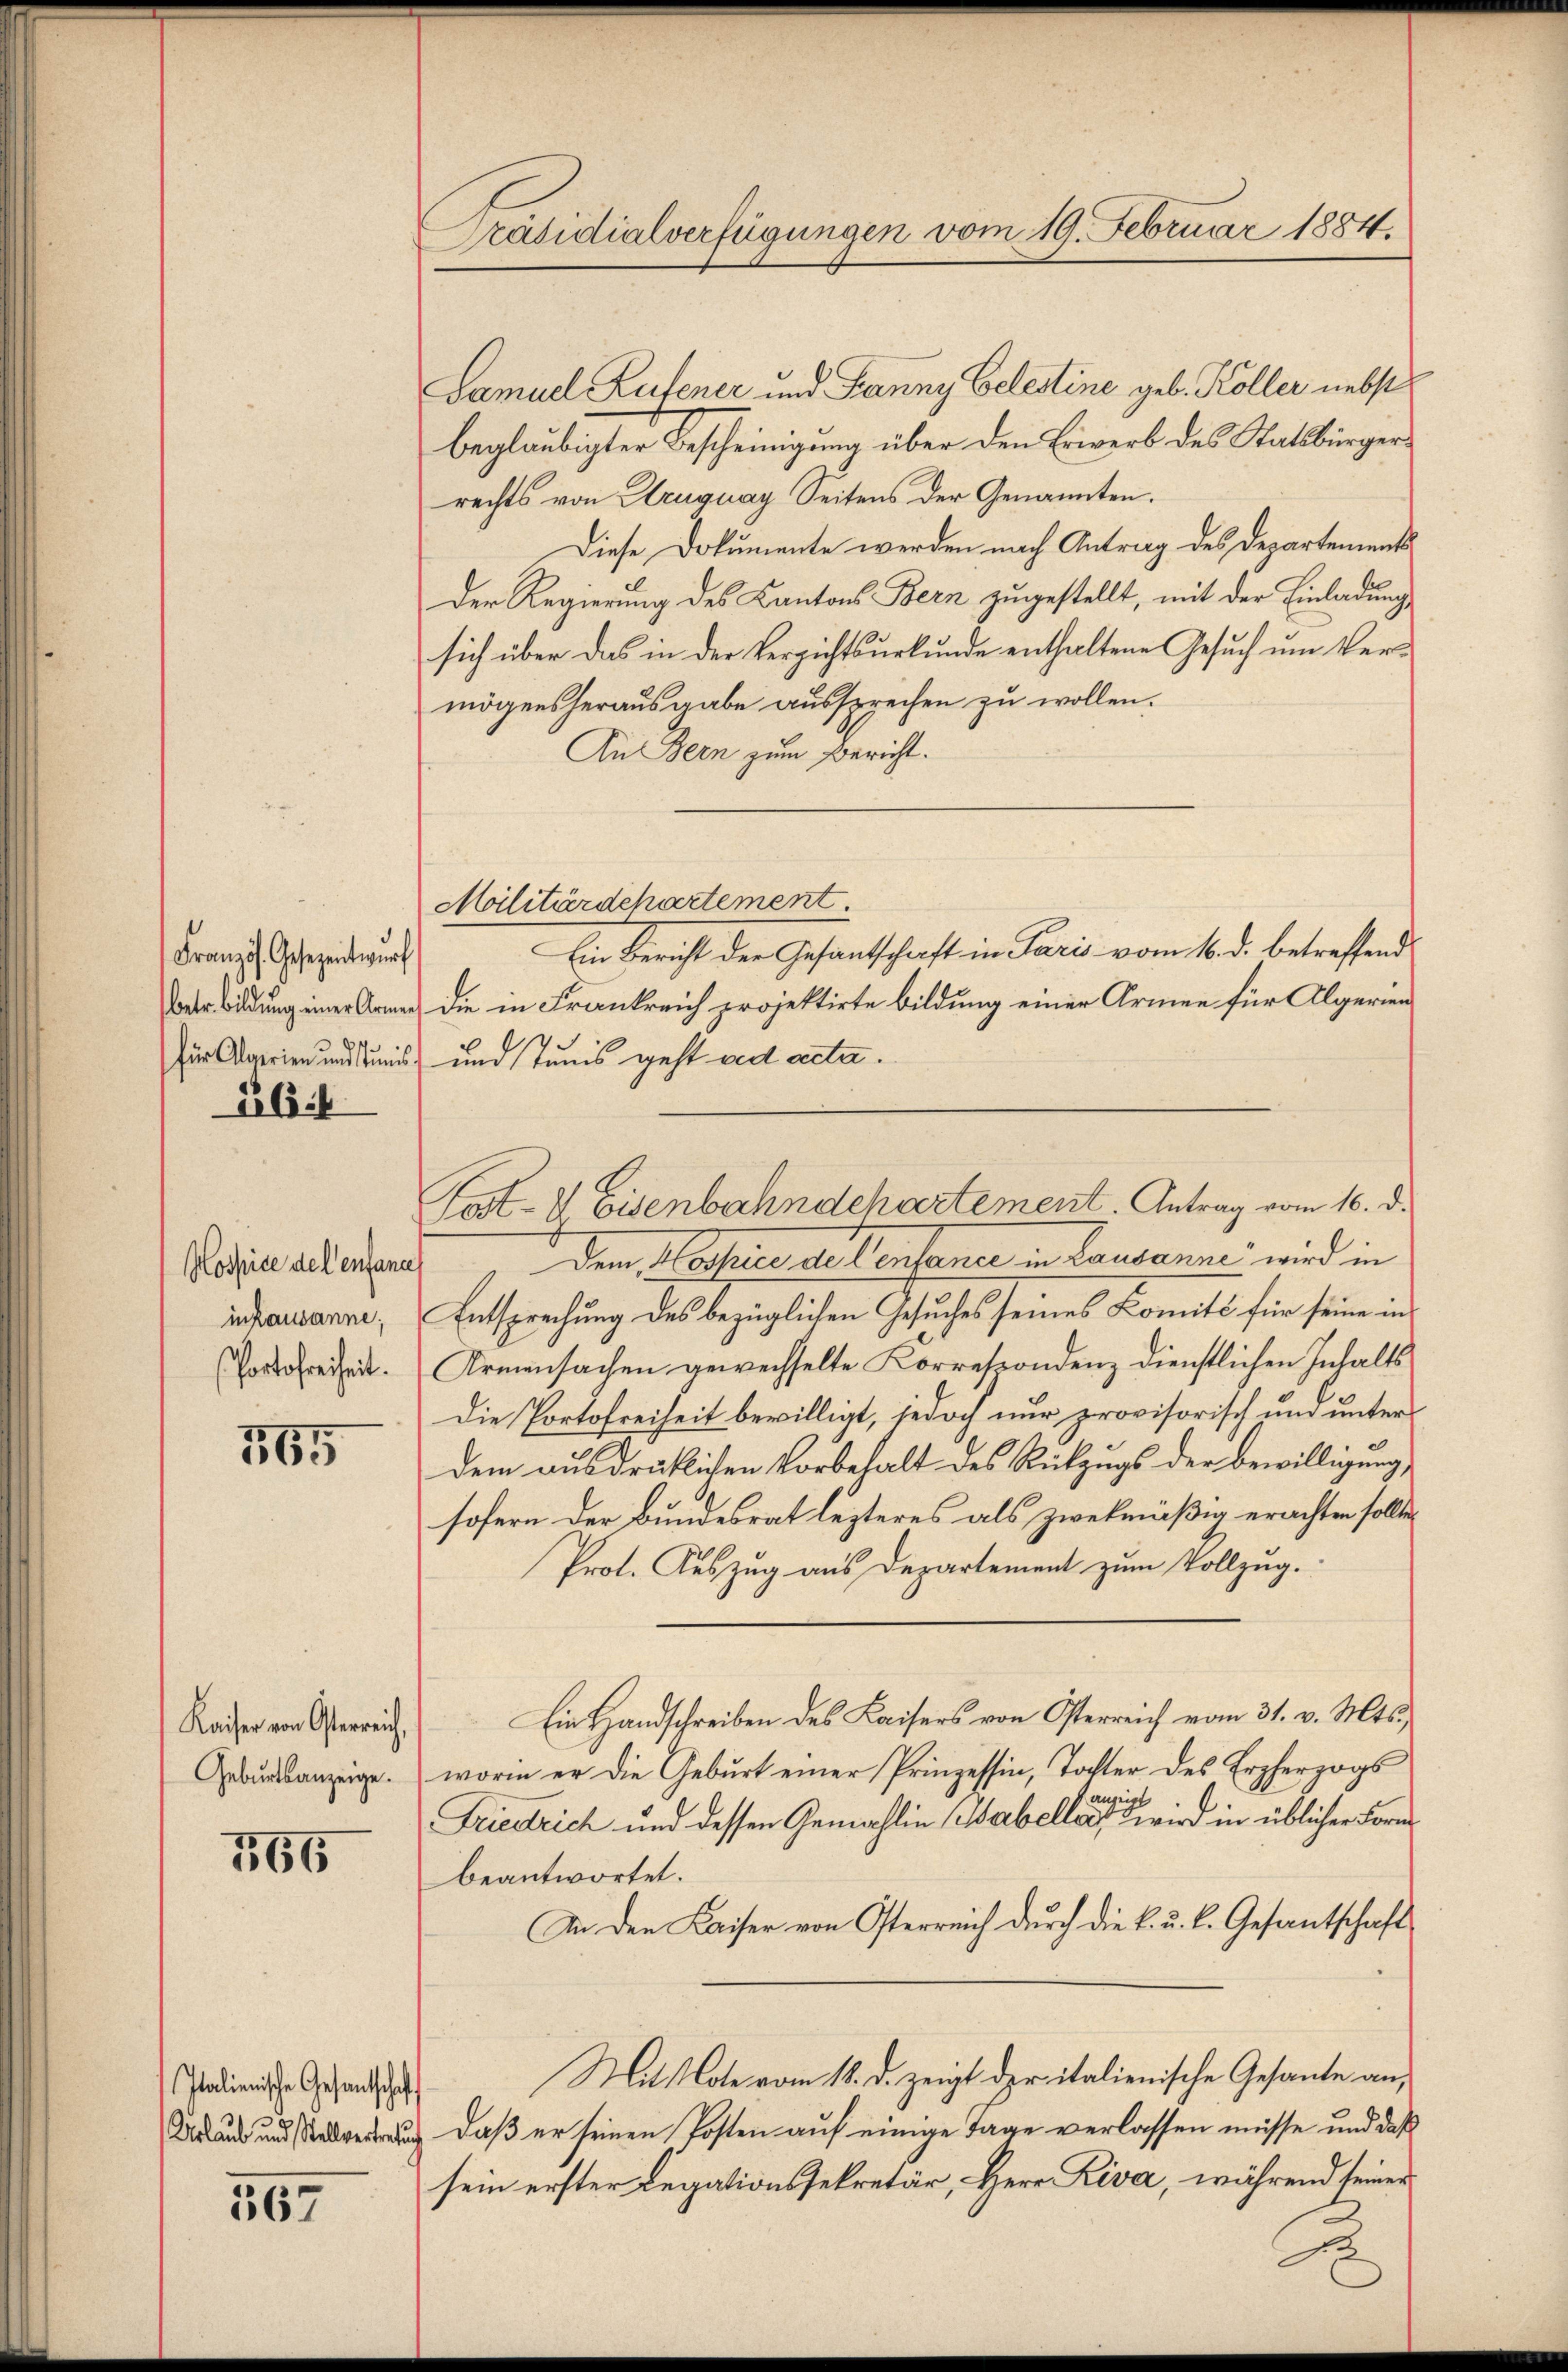
Französ. Gesezentwurf

26f

Hospice des enfante
inkausanne;
Portofreiheit.

765

Geburtsanzeige.

366

Italienische Gesantschaf

567

Samuel Hufener und Fanny Celestine geb. Köller nebst
beglaubigter Bescheinigung über den Erwerb des Statsbürgerrechts von Truguay Seitens der Genannten.
Diese Dokumente werden nach Antrag des Departements
Der Regierung des Kantons Bern zugestellt, mit der Einladung
sich über das in der Verzichtsurkunde enthaltene Gesuch um Vermögensherausgabe aussprechen zu wollen.
An Bern zum Bericht.
Militärdchartement
Ein Bericht der Gesandtschaft in Paris vom 16. d. betreffend
Betr. Bildung einer Armen die in Frankreich projektirte Bildung einer Armee für Algerien
für Aegerien und Kunis und Tunis gest ad acta.
Dem Vasilie allensane in Lausanne wird in
Entsprechung des bezüglichen Gesuches seines Komité für seine in
Armensachen gewechselte Korrespondenz dienstlichen Inhalts
Die Portofreiheit bewilligt, jedoch nur provisorisch und unter
dem ausdrüklichen Vorbehalt des Rückzugs der Bewilligung
sofern der Bundesrat lezteres als zwekmäßig erachten sollte,
Prot. Auszug aus Departement zum Vollzug.
Kaiser von Gerech Ein Handschreiben des Kaisers von Osterreich vom 31. v. Mts.,
worin er die Geburt einer Prinzessin, Tochter des Erzherzogs
Friedrich und dessen Gemahlin Tabelle die wird in üblicher Form
beantwortet.
In den Kaiser von Osterreich durch die k. u. k. Gesantschaft
Mit Note vom 18. d. zeigt der italienische Gesante an,
Daus und daß er seinen Posten auf einige Tage verlassen müsse und daß
sein erster Legationssekretär, Herr Riva, während seiner

Präsidialverfügungen vom 19. Februar 1884.

Post- & Eisenbahndchartement. Antrag vom 10. d.